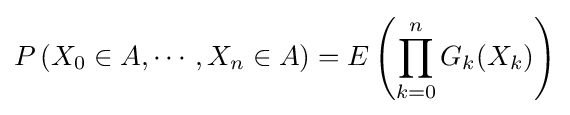
P\left(X_{0}\in A,\cdots ,X_{n}\in A\right)=E\left(\prod \limits _{k=0}^{n}G_{k}(X_{k})\right)